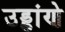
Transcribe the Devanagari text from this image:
उड्डांणे